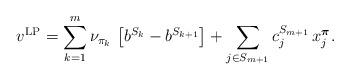
LaTeX: \begin{align*}v^{\rm LP} = \sum_{k=1}^m \nu_{\pi_k} \, \left[b^{S_k} - b^{S_{k+1}}\right] + \sum_{j \in S_{m+1}} c^{S_{m+1}}_j \, x^{\boldsymbol{\pi}}_j.\end{align*}